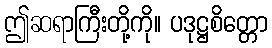
ဤဆရာကြီးတို့ကို။ ပဒုဋ္ဌစိတ္တော